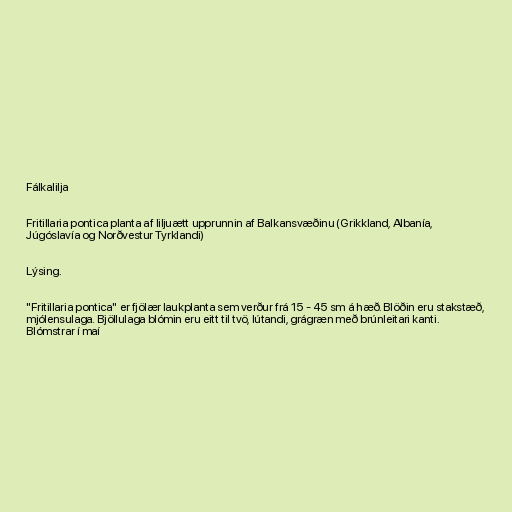
Fálkalilja

Fritillaria pontica planta af liljuætt upprunnin af Balkansvæðinu (Grikkland, Albanía,
Júgóslavía og Norðvestur Tyrklandi)

Lýsing.

"Fritillaria pontica" er fjölær laukplanta sem verður frá 15 - 45 sm á hæð. Blöðin eru stakstæð,
mjólensulaga. Bjöllulaga blómin eru eitt til tvö, lútandi, grágræn með brúnleitari kanti.
Blómstrar í maí